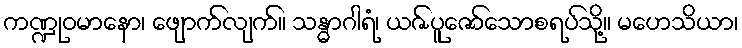
ကဏ္ဍုဝမာနော၊ ဖျောက်လျက်။ သန္ဓာဂါရံ၊ ယဇ်ပူဇော်သောစရပ်သို့။ မဟေသိယာ၊